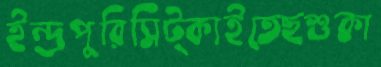
ইন্দ্রপুরিসিট্‌কাইতেছশুকা